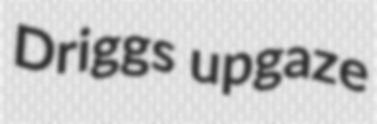
Driggs upgaze